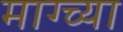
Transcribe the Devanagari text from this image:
माग्च्या